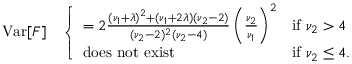
\operatorname { V a r } [ F ] \quad { \left\{ \begin{array} { l l } { = 2 { \frac { ( \nu _ { 1 } + \lambda ) ^ { 2 } + ( \nu _ { 1 } + 2 \lambda ) ( \nu _ { 2 } - 2 ) } { ( \nu _ { 2 } - 2 ) ^ { 2 } ( \nu _ { 2 } - 4 ) } } \left( { \frac { \nu _ { 2 } } { \nu _ { 1 } } } \right) ^ { 2 } } & { { \mathrm { i f ~ } } \nu _ { 2 } > 4 } \\ { { \mathrm { d o e s ~ n o t ~ e x i s t } } } & { { \mathrm { i f ~ } } \nu _ { 2 } \leq 4 . } \end{array} \right. }